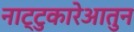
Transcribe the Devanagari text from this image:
नाट्टुकारेआतुन